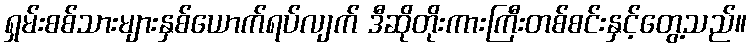
ရှမ်းစစ်သားများနှစ်ယောက်ရပ်လျက် ဒီဆိုတိုးကားကြီးတစ်စင်းနှင့်တွေ့သည်။